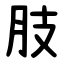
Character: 肢